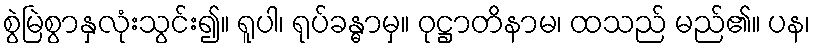
စွဲမြဲစွာနှလုံးသွင်း၍။ ရူပါ၊ ရုပ်ခန္ဓာမှ။ ဝုဋ္ဌာတိနာမ၊ ထသည် မည်၏။ ပန၊